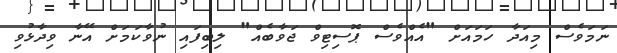
ނަމަވެސް މިއަދާ ހަމައަށް "އެއްވެސް ޕޮސިޓިވް ޖަވާބެއް" ލިބިފައި ނުވާކަމަށް އޭނާ ވިދާޅުވި